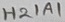
Text: H21A1